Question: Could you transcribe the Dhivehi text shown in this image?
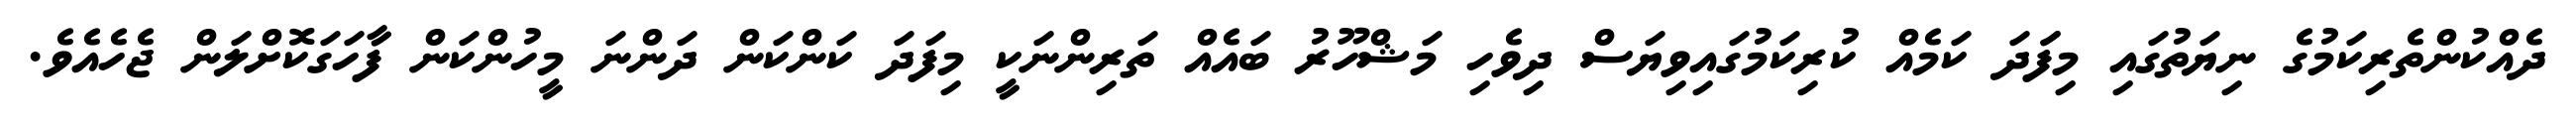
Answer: ދެއްކުންތެރިކަމުގެ ނިޔަތުގައި މިފަަދަ ކަމެއް ކުރިކަމުގައިވިޔަސް ދިވެހި މަޝްހޫރު ބައެއް ތަރިންނަކީ މިފަދަ ކަންކަން ދަންނަ މީހުންކަން ފާހަގަކޮށްލަން ޖެހެއެވެ.